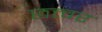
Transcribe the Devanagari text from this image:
छत्त्वर